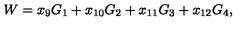
W = x _ { 9 } G _ { 1 } + x _ { 1 0 } G _ { 2 } + x _ { 1 1 } G _ { 3 } + x _ { 1 2 } G _ { 4 } ,